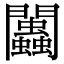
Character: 𨷷